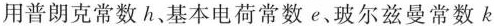
用普朗克常数h、基本电荷常数e、玻尔兹曼常数k